Scottish Leaving Certificate Examination, 1954
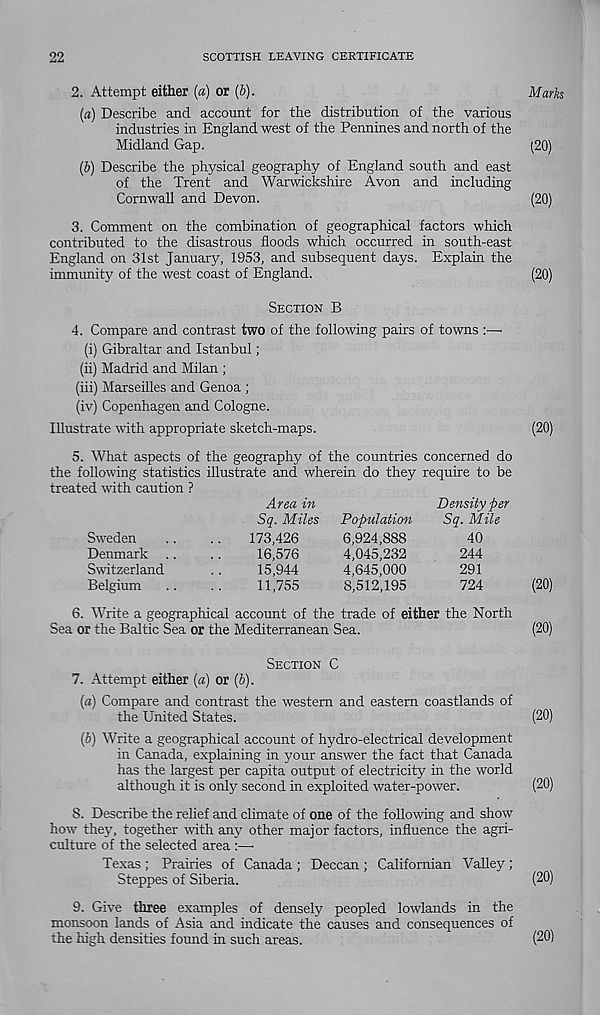
22
SCOTTISH LEAVING CERTIFICATE
2. Attempt either (a) or (5).
Marks
(a) Describe and account for the distribution of the various
industries in England west of the Pennines and north of the
Midland Gap.
(20)
(b) Describe the physical geography of England south and east
of the Trent and Warwickshire Avon and including
Cornwall and Devon.
(20)
3. Comment on the combination of geographical factors which
contributed to the disastrous floods which occurred in south-east
England on 31st January, 1953, and subsequent days. Explain the
immunity of the west coast of England.
(20)
SECTION B
4. Compare and contrast two of the following pairs of towns :—
(i) Gibraltar and Istanbul;
(ii) Madrid and Milan ;
(iii) Marseilles and Genoa ;
(iv) Copenhagen and Cologne.
Illustrate with appropriate sketch-maps.
(20)
5. What aspects of the geography of the countries concerned do
the following statistics illustrate and wherein do they require to be
treated with caution ?
Area in
Density per
Sq. Miles Population
Sq. Mile
Sweden
..
..
173,426
6,924,888
40
Denmark ..
..
16,576
4,045,232
244
Switzerland
..
15,944
4,645,000
291
Belgium
..
..
11,755
8,512,195
724
6. Write a geographical account of the trade of either the North
Sea or the Baltic Sea or the Mediterranean Sea.
SECTION C
7. Attempt either (a) or (6).
(а) Compare and contrast the western and eastern coastlands of
the United States.
(б) Write a geographical account of hydro-electrical development
in Canada, explaining in your answer the fact that Canada
has the largest per capita output of electricity in the world
although it is only second in exploited water-power.
8. Describe the relief and climate of one of the folio-wing and show
how they, together with any other major factors, influence the agri-
culture of the selected area :—
Texas ; Prairies of Canada ; Deccan ; Californian Valley ;
Steppes of Siberia.
(20)
(20)
(20)
(20)
(20)
9. Give three examples of densely peopled lowlands in the
monsoon lands of Asia and indicate the causes and consequences of
the high densities found in such areas.
(20)